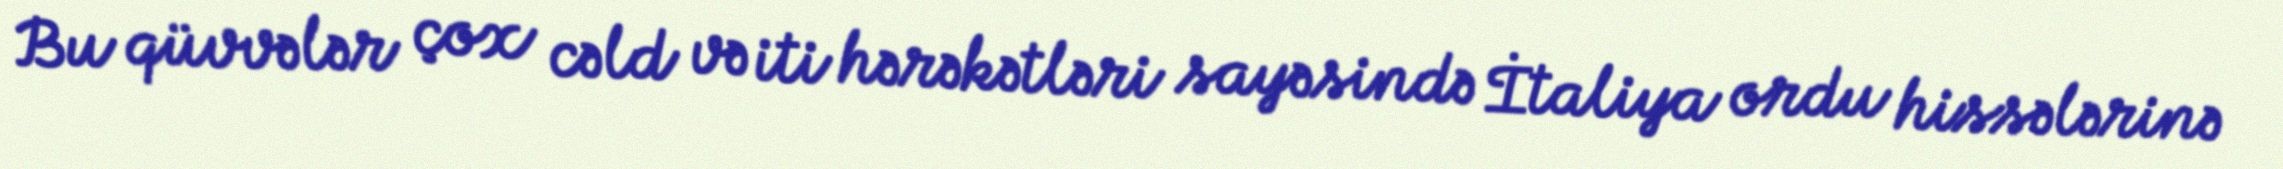
Bu qüvvələr çox cəld və iti hərəkətləri sayəsində İtaliya ordu hissələrinə